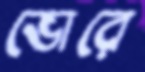
ভোরে